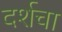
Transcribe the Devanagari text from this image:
दर्शचा